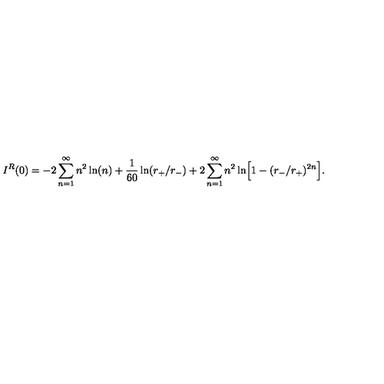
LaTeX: I ^ { R } ( 0 ) = - 2 \sum _ { n = 1 } ^ { \infty } n ^ { 2 } \ln ( n ) + { \frac { 1 } { 6 0 } } \ln ( r _ { + } / r _ { - } ) + 2 \sum _ { n = 1 } ^ { \infty } n ^ { 2 } \ln \Bigr [ 1 - ( r _ { - } / r _ { + } ) ^ { 2 n } \Bigr ] .